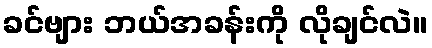
ခင်ဗျား ဘယ်အခန်းကို လိုချင်လဲ။